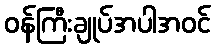
ဝန်ကြီးချုပ်အပါအဝင်